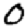
Digit: 0